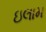
ઇલામ